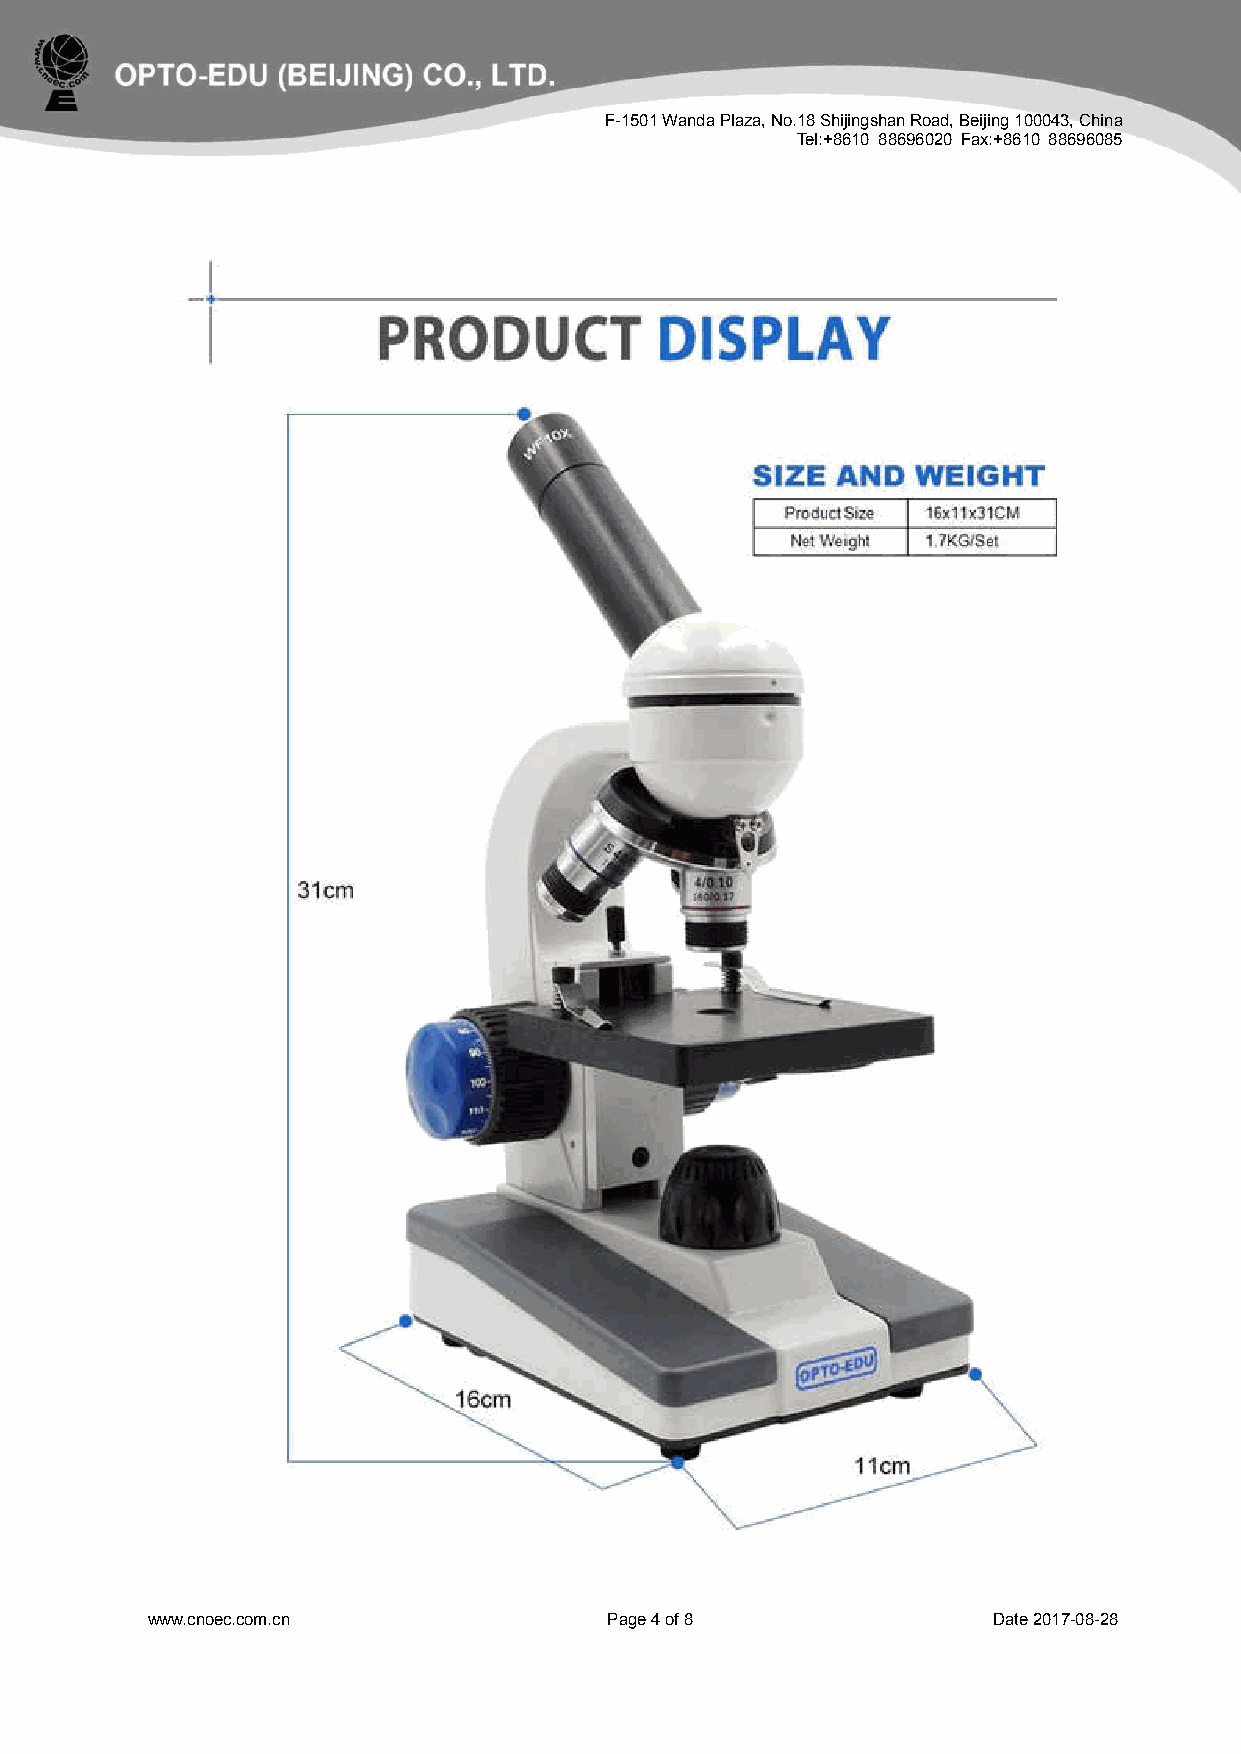
F-1501 Wanda Plaza, No.18 Shijingshan Road, Beijing 100043, China
 Tel:+8610 88696020 Fax:+8610 88696085
 www.cnoec.com.cn              Page 4 of 8               Date 2017-08-28